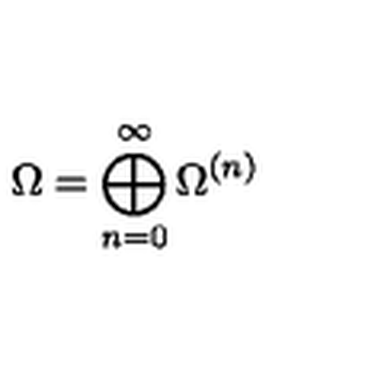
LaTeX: \Omega = \bigoplus _ { n = 0 } ^ { \infty } \Omega ^ { ( n ) }